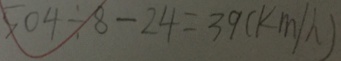
5 0 4 \div 8 - 2 4 = 3 9 ( k m / h )